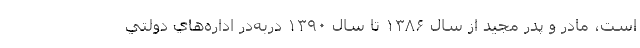
است، مادر و پدر مجيد از سال ۱۳۸۶ تا سال ۱۳۹۰ در‌به‌در اداره‌هاي دولتي